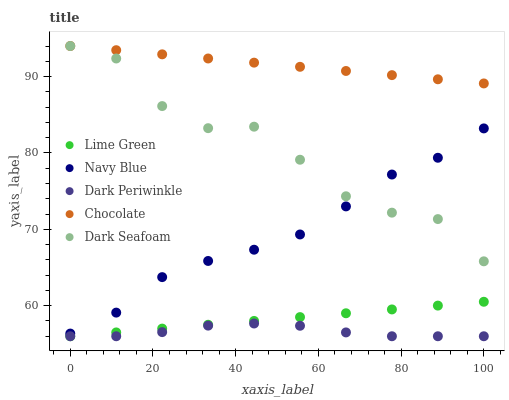
| xaxis_label | Lime Green | Navy Blue | Dark Periwinkle | Chocolate | Dark Seafoam |
 | --- | --- | --- | --- | --- | --- |
 | 0 | 56 | 56.4 | 56 | 94 | 94 |
 | 11.1 | 56.5 | 59.1 | 56 | 93.5 | 92.4 |
 | 22.2 | 57 | 63.7 | 56.5 | 92.9 | 86.1 |
 | 33.3 | 57.5 | 65.9 | 57.4 | 92.4 | 83.2 |
 | 44.4 | 58 | 67.3 | 57.7 | 91.8 | 83.4 |
 | 55.6 | 58.5 | 69.3 | 57.4 | 91.3 | 79.1 |
 | 66.7 | 59 | 73 | 56.5 | 90.7 | 74.3 |
 | 77.8 | 59.5 | 77.2 | 56 | 90.2 | 72.2 |
 | 88.9 | 60 | 79.4 | 56 | 89.6 | 71.3 |
 | 100 | 60.5 | 83.2 | 56 | 89.1 | 65.8 |